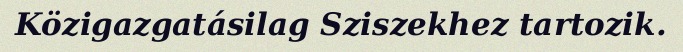
Közigazgatásilag Sziszekhez tartozik.